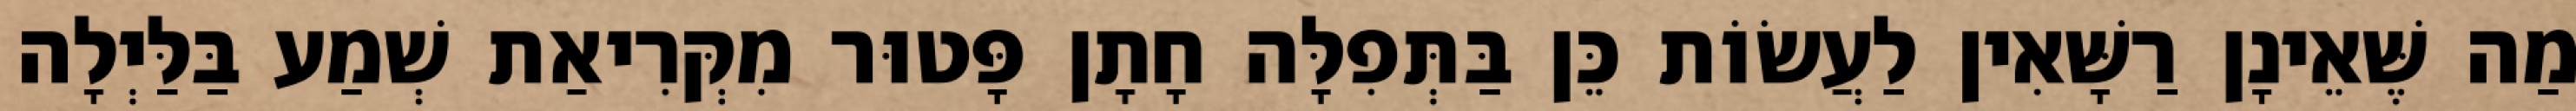
מַה שֶּׁאֵינָן רַשָּׁאִין לַעֲשׂוֹת כֵּן בַּתְּפִלָּה חָתָן פָּטוּר מִקְּרִיאַת שְׁמַע בַּלַּיְלָה